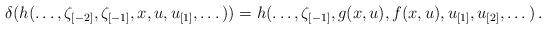
LaTeX: \begin{align*}\delta(h(\dots,\zeta_{[-2]},\zeta_{[-1]},x,u,u_{[1]},\dots))=h(\dots,\zeta_{[-1]},g(x,u),f(x,u),u_{[1]},u_{[2]},\dots)\,.\end{align*}